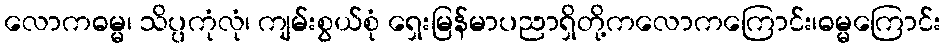
လောကဓမ္မ၊ သိပ္ပကုံလုံ၊ ကျမ်းစွယ်စုံ ရှေးမြန်မာပညာရှိတို့ကလောကကြောင်း၊ဓမ္မကြောင်း